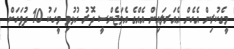
މީގެކުރިން އެހެން އެއަރލައިން އެއްގެ އެމަޖެންސީ ދޮރު ހުޅުވި މީހަކު 10 ދުވަހަށް